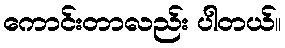
ကောင်းတာလည်း ပါတယ်။